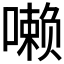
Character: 𪢐